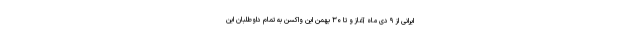
ایرانی از ۹ دی ماه آغاز و تا ۳۰ بهمن این واکسن به تمام داوطلبان این